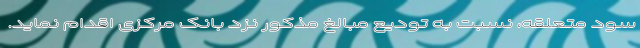
سود متعلقه، نسبت به تودیع مبالغ مذکور نزد بانک مرکزی اقدام نماید.